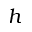
h